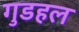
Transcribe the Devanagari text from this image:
गुडहल